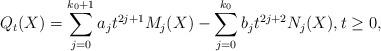
LaTeX: \begin{align*}Q_t(X)=\sum_{j=0}^{k_0+1}a_jt^{2j+1}M_j(X)-\sum_{j=0}^{k_0}b_jt^{2j+2}N_j(X), t \geq 0,\end{align*}